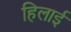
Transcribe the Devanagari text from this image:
हिलाई